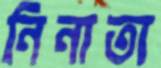
নিনাতা